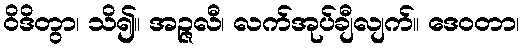
ဝိဒိတွာ၊ သိ၍။ အဉ္ဇလီ၊ လက်အုပ်ချီလျက်။ ဒေဝတာ၊